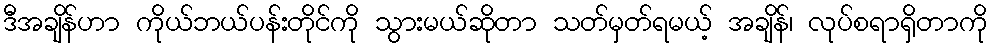
ဒီအချိန်ဟာ ကိုယ်ဘယ်ပန်းတိုင်ကို သွားမယ်ဆိုတာ သတ်မှတ်ရမယ့် အချိန်၊ လုပ်စရာရှိတာကို